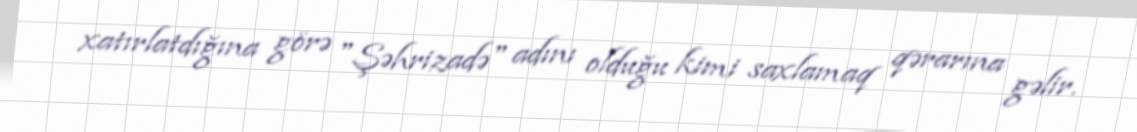
xatırlatdığına görə "Şəhrizadə" adını olduğu kimi saxlamaq qərarına gəlir.